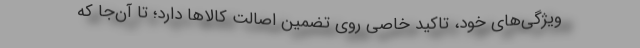
ویژگی‌های خود، تاکید خاصی روی تضمین اصالت کالاها دارد؛ تا آن‌جا که